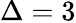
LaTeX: \Delta=3